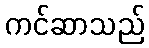
ကင်ဆာသည်